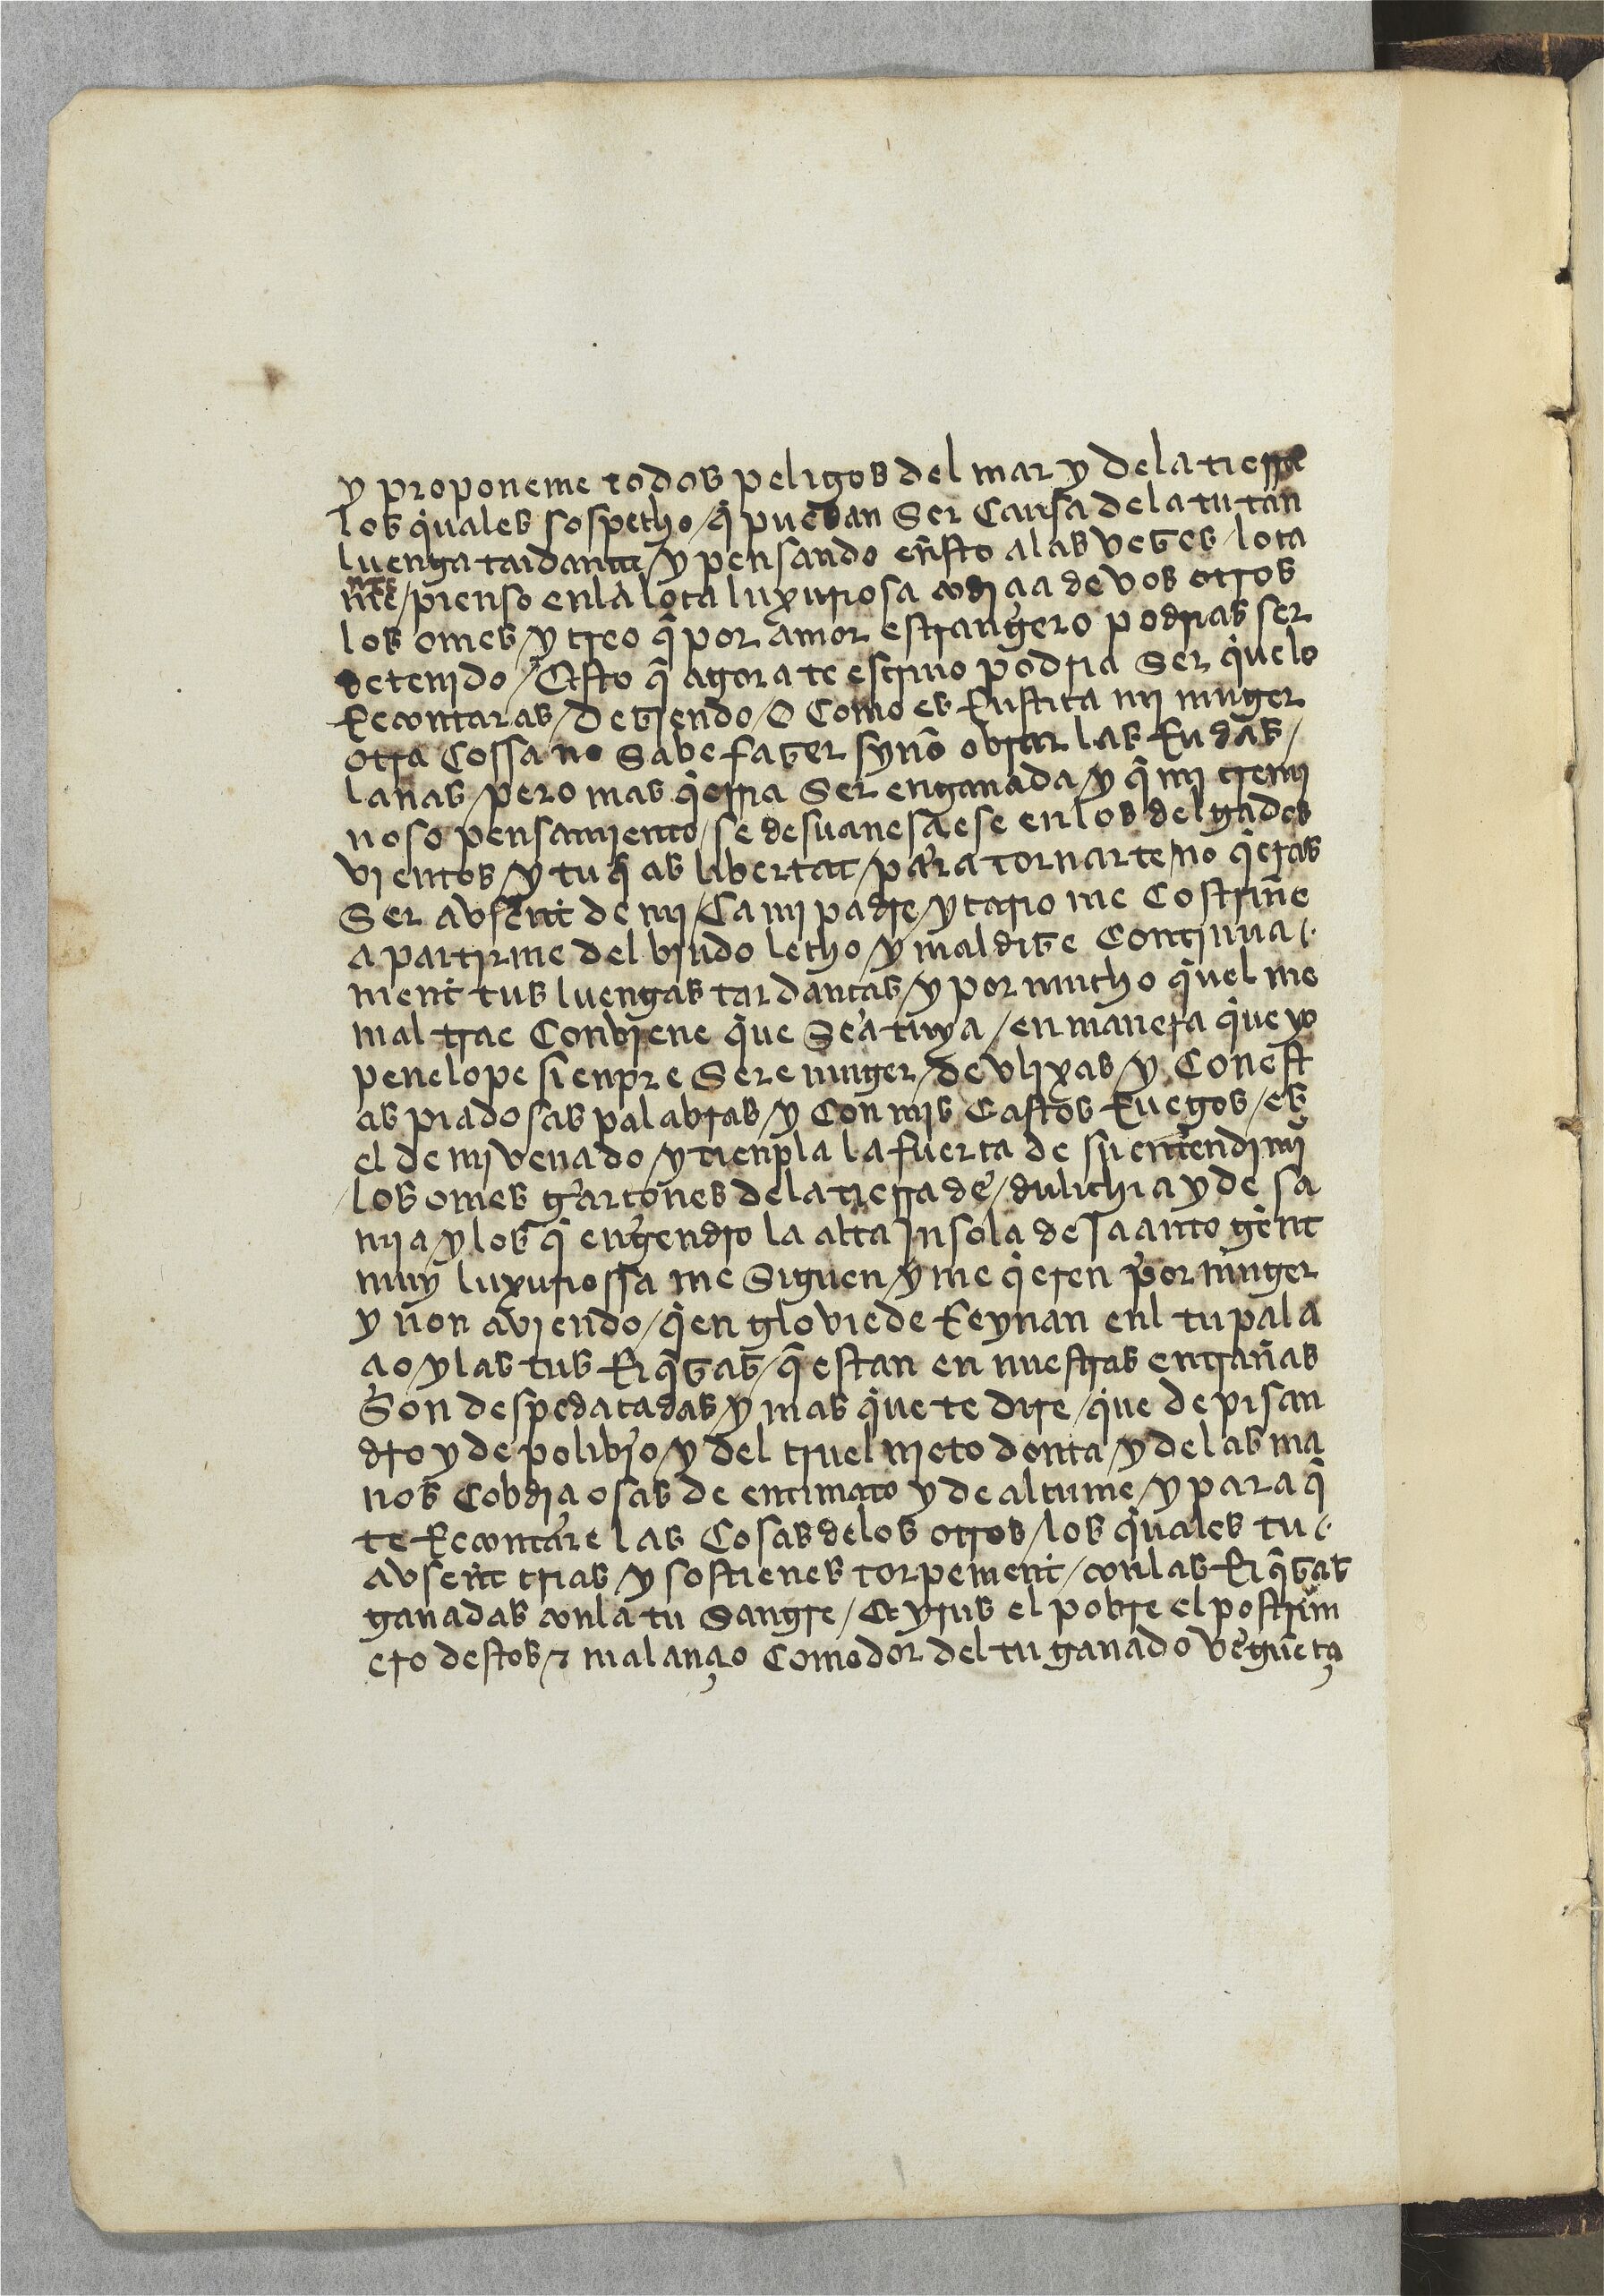
Shelfmark: Paris, BnF, esp. 533
Century: 15